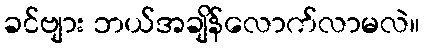
ခင်ဗျား ဘယ်အချိန်လောက်လာမလဲ။